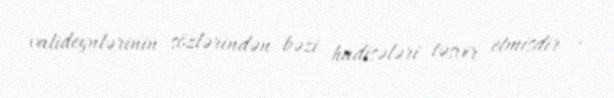
valideynlərinin sözlərindən bəzi hadisələri təsvir etmişdir .